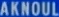
AKNOUL